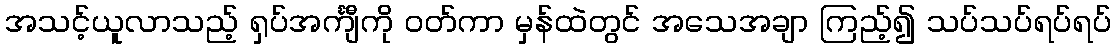
အသင့်ယူလာသည့် ရှပ်အင်္ကျီကို ဝတ်ကာ မှန်ထဲတွင် အသေအချာ ကြည့်၍ သပ်သပ်ရပ်ရပ်